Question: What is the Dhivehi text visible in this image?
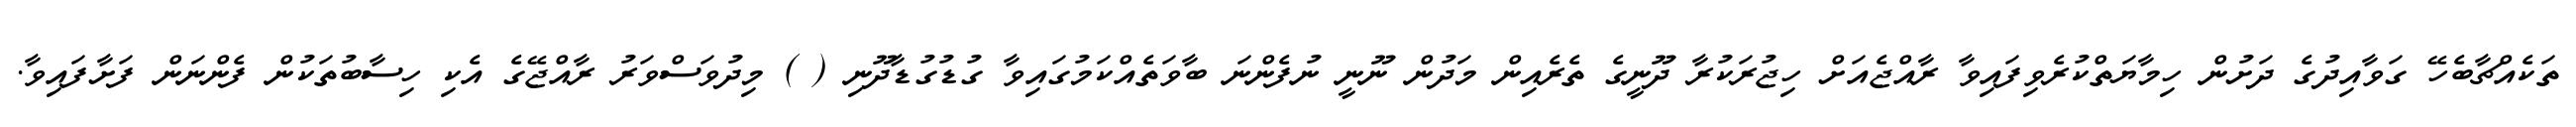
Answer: ތަކެއްޗާބެހޭ ގަވާއިދުގެ ދަށުން ހިމާޔަތްކުރެވިފައިވާ ރާއްޖެއަށް ހިޖުރަކުރާ ދޫނީގެ ތެރެއިން މަދުން ނޫނީ ނުފެންނަ ބާވަތެއްކަމުގައިވާ ގުޑުގުޑާދޫނި ( ) މިދުވަސްވަރު ރާއްޖޭގެ އެކި ހިސާބުތަކުން ފެންނަން ފަށާފައިވާ.